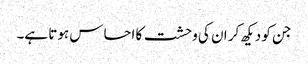
جن کو دیکھ کر ان کی وحشت کا احساس ہوتا ہے۔